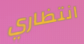
انتظاري